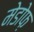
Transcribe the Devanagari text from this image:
मेडोफ़